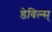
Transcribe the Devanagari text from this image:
डेविल्स्